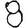
Digit: 8